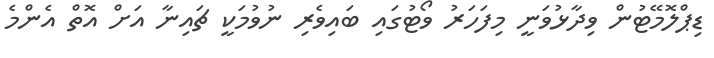
ޑިޕްލޮމޭޓުން ވިދާޅުވަނީ މިފަހަރު ވޯޓުގައި ބައިިވެރި ނުވުމަކީ ޗައިނާ އަށް އޮތް އެންމެ